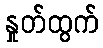
နှုတ်ထွက်